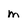
Character: m